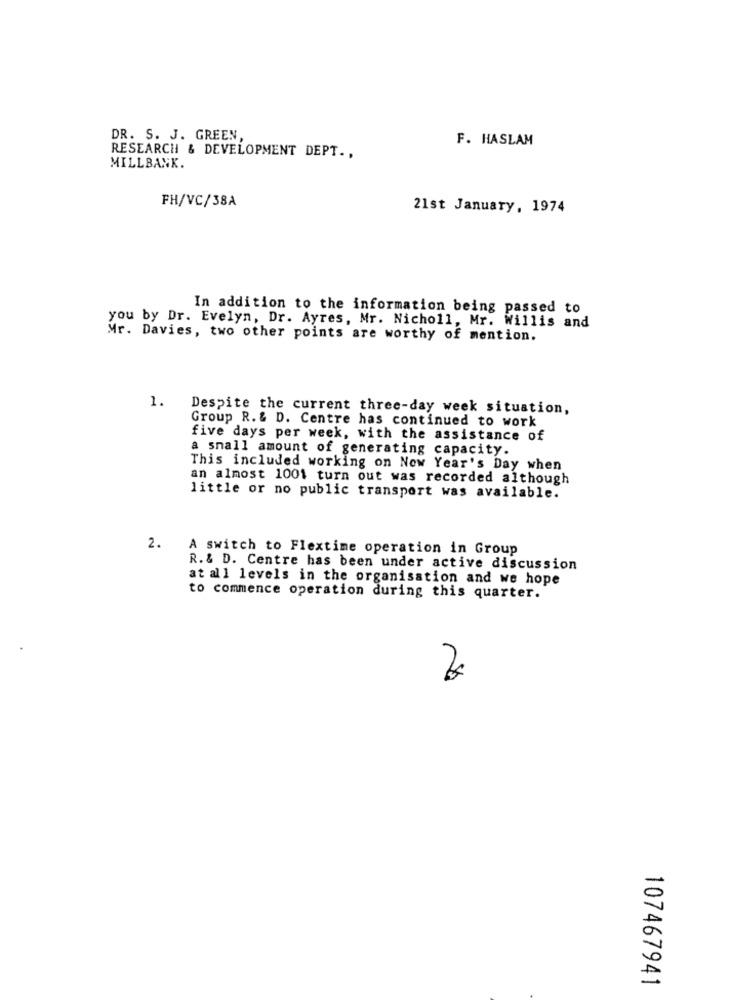
DR. S. J. GREEN,
F. HASLAM
RESEARCH & DEVELOPMENT DEPT ..
MILLBANK.
FH/VC/38A
21st January, 1974
In addition to the information being passed to
you by Dr. Evelyn, Dr. Ayres, Mr. Nicholl, Mr. Willis and
Mr. Davies, two other points are worthy of mention.
1.
Despite the current three-day week situation,
Group R. & D. Centre has continued to work
five days per week, with the assistance of
a small amount of generating capacity.
This included working on New Year's Day when
an almost 1001 turn out was recorded although
little or no public transport was available.
2.
A switch to Flextime operation in Group
R.& D. Centre has been under active discussion
at all levels in the organisation and we hope
to commence operation during this quarter.
107467941